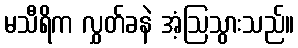
မသီရိက လွှတ်ခနဲ အံ့ဩသွားသည်။